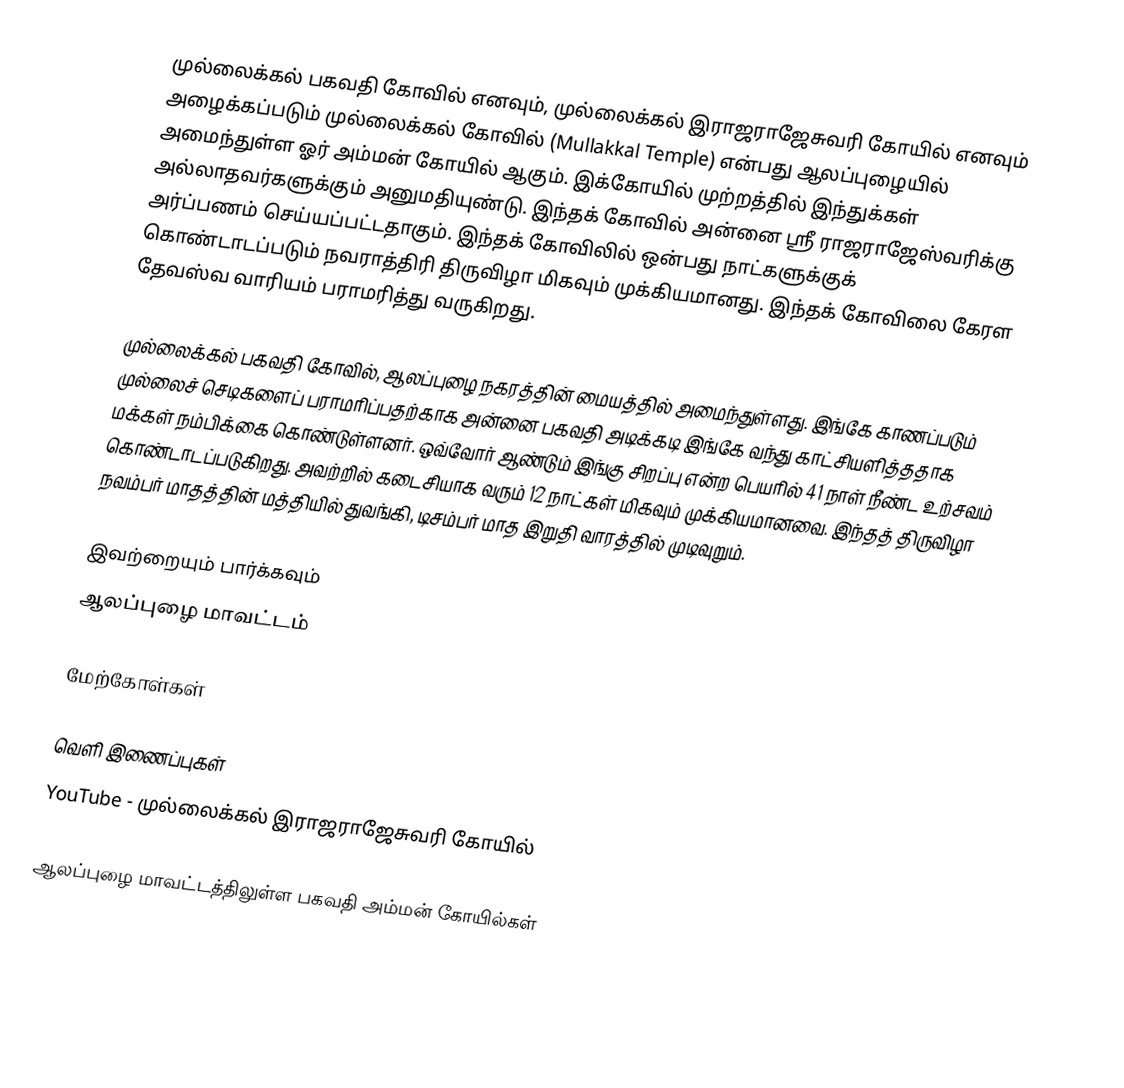
முல்லைக்கல் பகவதி கோவில் எனவும், முல்லைக்கல் இராஜராஜேசுவரி கோயில் எனவும் அழைக்கப்படும் முல்லைக்கல் கோவில் (Mullakkal Temple) என்பது ஆலப்புழையில் அமைந்துள்ள ஓர் அம்மன் கோயில் ஆகும். இக்கோயில் முற்றத்தில் இந்துக்கள் அல்லாதவர்களுக்கும் அனுமதியுண்டு. இந்தக் கோவில் அன்னை ஸ்ரீ ராஜராஜேஸ்வரிக்கு அர்ப்பணம் செய்யப்பட்டதாகும். இந்தக் கோவிலில் ஒன்பது நாட்களுக்குக் கொண்டாடப்படும் நவராத்திரி திருவிழா மிகவும் முக்கியமானது. இந்தக் கோவிலை கேரள தேவஸ்வ வாரியம் பராமரித்து வருகிறது.

முல்லைக்கல் பகவதி கோவில், ஆலப்புழை நகரத்தின் மையத்தில் அமைந்துள்ளது. இங்கே காணப்படும் முல்லைச் செடிகளைப் பராமரிப்பதற்காக அன்னை பகவதி அடிக்கடி இங்கே வந்து காட்சியளித்ததாக மக்கள் நம்பிக்கை கொண்டுள்ளனர். ஒவ்வோர் ஆண்டும் இங்கு சிறப்பு என்ற பெயரில் 41 நாள் நீண்ட உற்சவம் கொண்டாடப்படுகிறது. அவற்றில் கடைசியாக வரும் 12 நாட்கள் மிகவும் முக்கியமானவை. இந்தத் திருவிழா நவம்பர் மாதத்தின் மத்தியில் துவங்கி, டிசம்பர் மாத இறுதி வாரத்தில் முடிவுறும்.

இவற்றையும் பார்க்கவும்
 ஆலப்புழை மாவட்டம்

மேற்கோள்கள்

வெளி இணைப்புகள்
 YouTube - முல்லைக்கல் இராஜராஜேசுவரி கோயில்

ஆலப்புழை மாவட்டத்திலுள்ள பகவதி அம்மன் கோயில்கள்